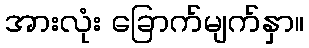
အားလုံး ခြောက်မျက်နှာ။